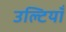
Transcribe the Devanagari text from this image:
उल्टियाँ